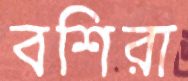
বশিরা